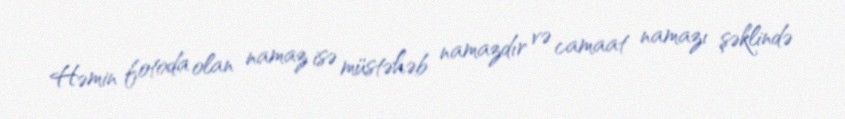
Həmin fotoda olan namaz isə müstəhəb namazdır və camaat namazı şəklində